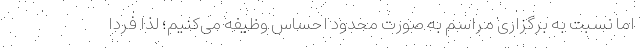
اما نسبت به برگزاری مراسم به صورت محدود احساس وظیفه می‌کنیم؛ لذا فردا